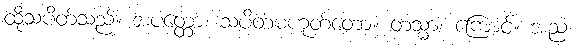
ထိုသပိတ်သည်။ အပတ္တော၊ သပိတ်မဟုတ်တော့။ တသ္မာ၊ ကြောင့်။ အညံ၊